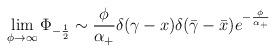
LaTeX: \begin{align*}\lim_{\phi \rightarrow \infty }\Phi _{-\frac 12}\sim \frac \phi {\alpha_{+}}\delta (\gamma -x)\delta (\bar \gamma -\bar x)e^{-\frac {\phi}{\alpha_{+}}} \end{align*}